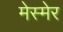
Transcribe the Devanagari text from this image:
मेस्मेर